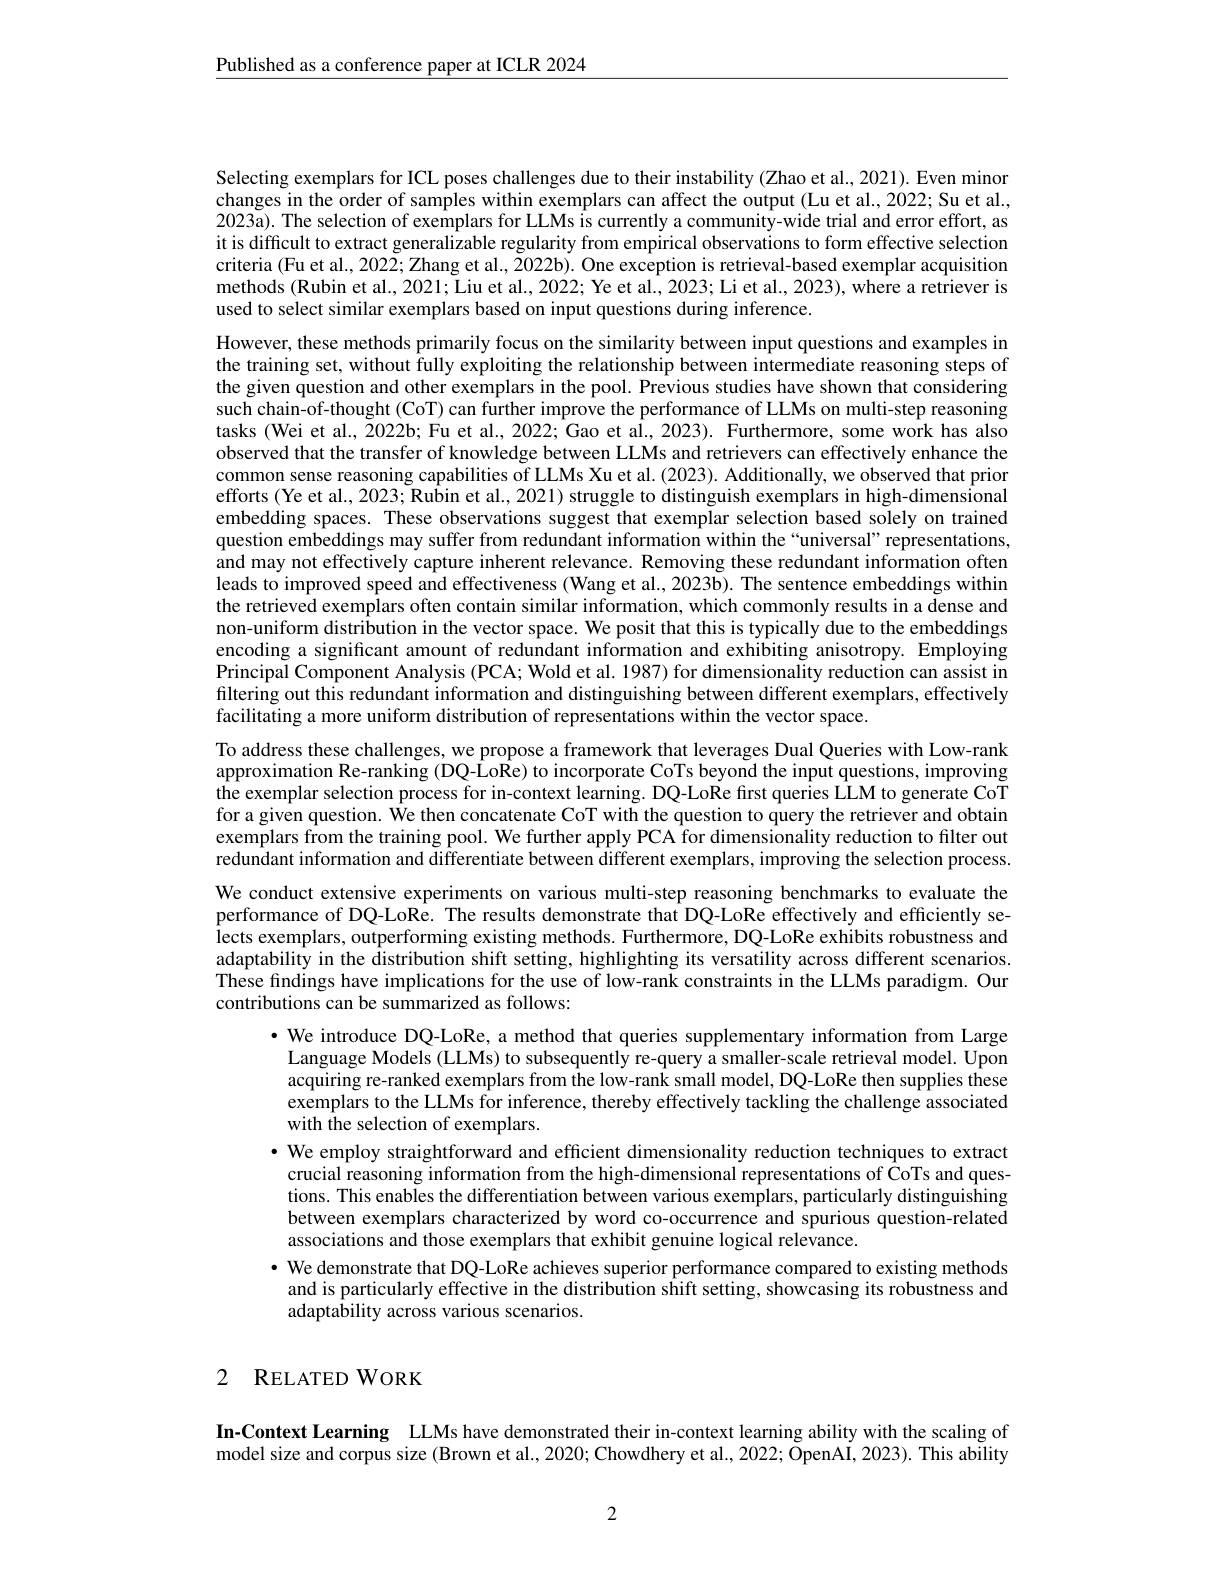
$\underline{\text{Published as a conference paper at ICLR 2024}}$

Selecting exemplars for ICL poses challenges due to their instability (Zhao et al., 2021). Even minor changes in the order of samples within exemplars can affect the output (Lu et al., 2022; Su et al., $202\ddot{3}\tilde{\text{a).The selection of exemplars for LLMs is currently a community-wide trial and error effort, as}}$ it is difficult to extract generalizable regularity from empirical observations to form effective selection criteria (Fu et al., 2022; Zhang et al., 2022b). One exception is retrieval-based exemplar acquisition methods (Rubin et al., 2021; Liu et al., 2022; Ye et al., 2023; Li et al., 2023), where a retriever is used to select similar exemplars based on input questions during inference.

However, these methods primarily focus on the similarity between input questions and examples in the training set, without fully exploiting the relationship between intermediate reasoning steps of the given question and other exemplars in the pool. Previous studies have shown that considering such chain-of-thought (CoT) can further improve the performance of LLMs on multi-step reasoning tasks (Wei et al., 2022b; Fu et al., 2022; Gao et al., 2023). Furthermore, some work has also observed that the transfer of knowledge between LLMs and retrievers can effectively enhance the common sense reasoning capabilities of LLMs Xu et al. (2023). Additionally, we observed that prior efforts (Ye et al., 2023; Rubin et al., 2021) struggle to distinguish exemplars in high-dimensional embedding spaces. These observations suggest that exemplar selection based solely on trained question embeddings may suffer from redundant information within the“universal” representations, and may not effectively capture inherent relevance. Removing these redundant information often leads to improved speed and effectiveness (Wang et al., 2023b). The sentence embeddings within the retrieved exemplars often contain similar information, which commonly results in a dense and non-uniform distribution in the vector space. We posit that this is typically due to the embeddings encoding a significant amount of redundant information and exhibiting anisotropy. Employing Principal Component Analysis (PCA; Wold et al. 1987) for dimensionality reduction can assist in filtering out this redundant information and distinguishing between different exemplars, effectively facilitating a more uniform distribution of representations within the vector space.
To address these challenges, we propose a framework that leverages Dual Queries with Low-rank approximation Re-ranking (DQ-LoRe) to incorporate CoTs beyond the input questions, improving the exemplar selection process for in-context learning. DQ-LoRe first queries LLM to generate CoT for a given question. We then concatenate CoT with the question to query the retriever and obtain exemplars from the training pool. We further apply PCA for dimensionality reduction to filter out redundant information and differentiate between different exemplars, improving the selection process. We conduct extensive experiments on various multi-step reasoning benchmarks to evaluate the performance of DQ-LoRe. The results demonstrate that DQ-LoRe effectively and efficiently selects exemplars, outperforming existing methods. Furthermore, DQ-LoRe exhibits robustness and adaptability in the distribution shift setting, highlighting its versatility across different scenarios. These findings have implications for the use of low-rank constraints in the LLMs paradigm. Our contributions can be summarized as follows:
$\bullet$ We introduce DQ-LoRe, a method that queries supplementary information from Large Language Models (LLMs) to subsequently re-query a smaller-scale retrieval model. Upon acquiring re-ranked exemplars from the low-rank small model, DQ-LoRe then supplies these exemplars to the LLMs for inference, thereby effectively tackling the challenge associated with the selection of exemplars.
· We employ straightforward and efficient dimensionality reduction techniques to extract
crucial reasoning information from the high-dimensional representations of CoTs and questions. This enables the differentiation between various exemplars, particularly distinguishing between exemplars characterized by word co-occurrence and spurious question-related associations and those exemplars that exhibit genuine logical relevance.
· We demonstrate that DQ-LoRe achieves superior performance compared to existing methods
and is particularly effective in the distribution shift setting, showcasing its robustness and
adaptability across various scenarios.

# 2 RELATED WORK

In-Context Learning LLMs have demonstrated their in-context learning ability with the scaling of model size and corpus size (Brown et al., 2020; Chowdhery et al., 2022; OpenAI, 2023). This ability

2